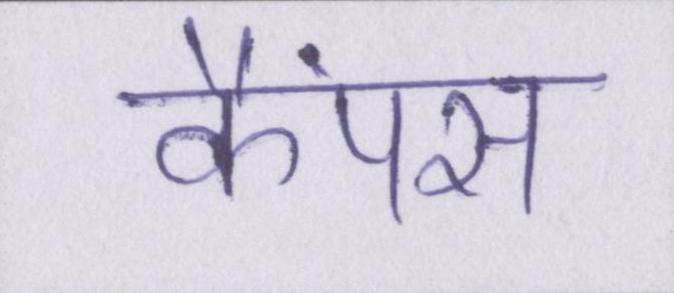
कैंपस